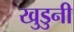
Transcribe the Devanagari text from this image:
खुडुनी